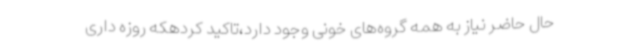
حال حاضر نیاز به همه گروه‌های خونی وجود دارد،تاکید کردهکه روزه داری